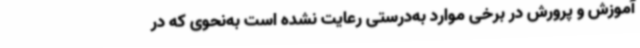
آموزش و پرورش در برخی موارد به‌درستی رعایت نشده است به‌نحوی که در